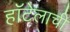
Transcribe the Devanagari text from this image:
हॉटेलाची